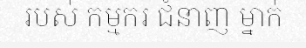
របស់ កម្មករ ជំនាញ ម្នាក់